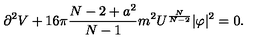
\partial ^ { 2 } V + 1 6 \pi \frac { N - 2 + a ^ { 2 } } { N - 1 } m ^ { 2 } U ^ { \frac { N } { N - 2 } } | \varphi | ^ { 2 } = 0 .